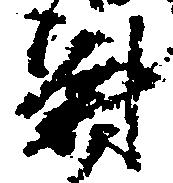
尉